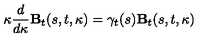
\kappa \frac { d } { d \kappa } { \mathbf B } _ { t } ( s , t , \kappa ) = \mathrm { \boldmath \gamma } _ { t } ( s ) { \mathbf B } _ { t } ( s , t , \kappa )